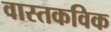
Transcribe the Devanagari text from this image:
वास्तकविक